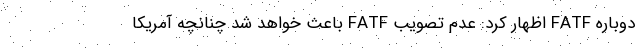
دوباره FATF اظهار کرد: عدم تصویب FATF باعث خواهد شد چنانچه آمریکا